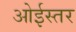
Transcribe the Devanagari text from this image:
ओईस्तर